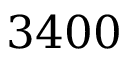
3 4 0 0